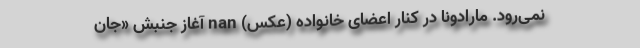
نمی‌رود. مارادونا در کنار اعضای خانواده (عکس) nan آغاز جنبش «جان